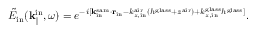
\Tilde { E } _ { \mathrm { i n } } ( { \bf k } _ { \parallel } ^ { \mathrm { i n } } , \omega ) = e ^ { - i [ { \bf k } _ { \mathrm { i n } } ^ { \mathrm { s a m } } \cdot { \bf r _ { \mathrm { i n } } } - k _ { z , \mathrm { i n } } ^ { \mathrm { a i r } } ( h ^ { \mathrm { g l a s s } } + z ^ { \mathrm { a i r } } ) + k _ { z , \mathrm { i n } } ^ { \mathrm { g l a s s } } h ^ { \mathrm { g l a s s } } ] } .